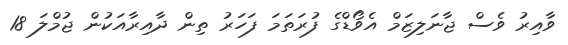
ވާއިރު ވެސް ޖާނަލިޒަމް އެވޯޑްގެ ފުރަތަމަ ފަހަރު ތިން ދާއިރާއަކުން ޖުމްލަ 18